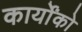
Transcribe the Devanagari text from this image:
कार्योंको